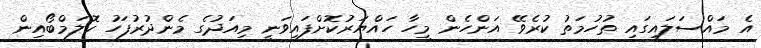
އެ މައްސަލައިގައި ތުހުމަތު ކުރެވޭ އަންހެން މީހާ ހައްޔަރުކޮށްފައިވަނީ މިއަދުގެ މެންދުރުފަހު ކޮލަމްބޯއިން